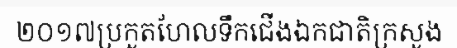
២០១៧ប្រកួតហែលទឹកជើងឯកជាតិក្រសួង